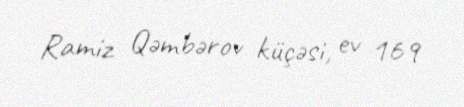
Ramiz Qəmbərov küçəsi, ev 169